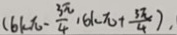
( 6 k \pi - \frac { 3 \pi } { 4 } , 6 k \pi + \frac { 3 \pi } { 4 } ) ,